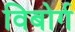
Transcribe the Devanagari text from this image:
विबोर्ग